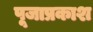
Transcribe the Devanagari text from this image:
पूजाप्रकाश